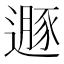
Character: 遯